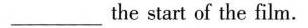
_the start of the film.